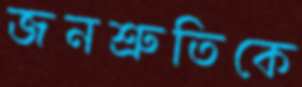
জনশ্রুতিকে